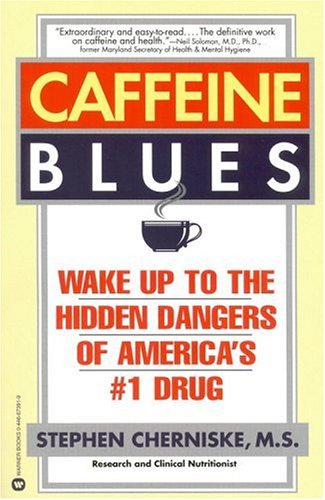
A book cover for Caffeine Blues: Wake Up to the Hidden Dangers of America's #1 Drug; Stephen Cherniske; Health, Fitness & Dieting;